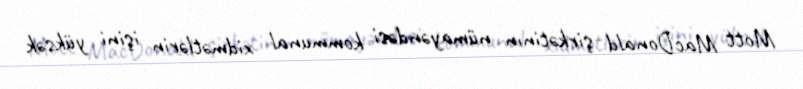
Mott MacDonald şirkətinın nümayəndəsi kommunal xidmətlərin işini yüksək